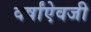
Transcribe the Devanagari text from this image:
वर्षांऐवजी